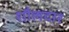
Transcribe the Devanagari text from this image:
शौलदार